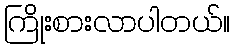
ကြိုးစားလာပါတယ်။